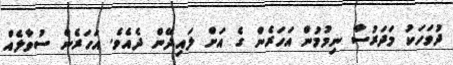
ދުވަހަކު މަދަރުސާ ނިމުމުން އަހަރެން ގެ އަށް ލައިދޭން ދެއެވެ. އަހަރެން ސުވާލެއް